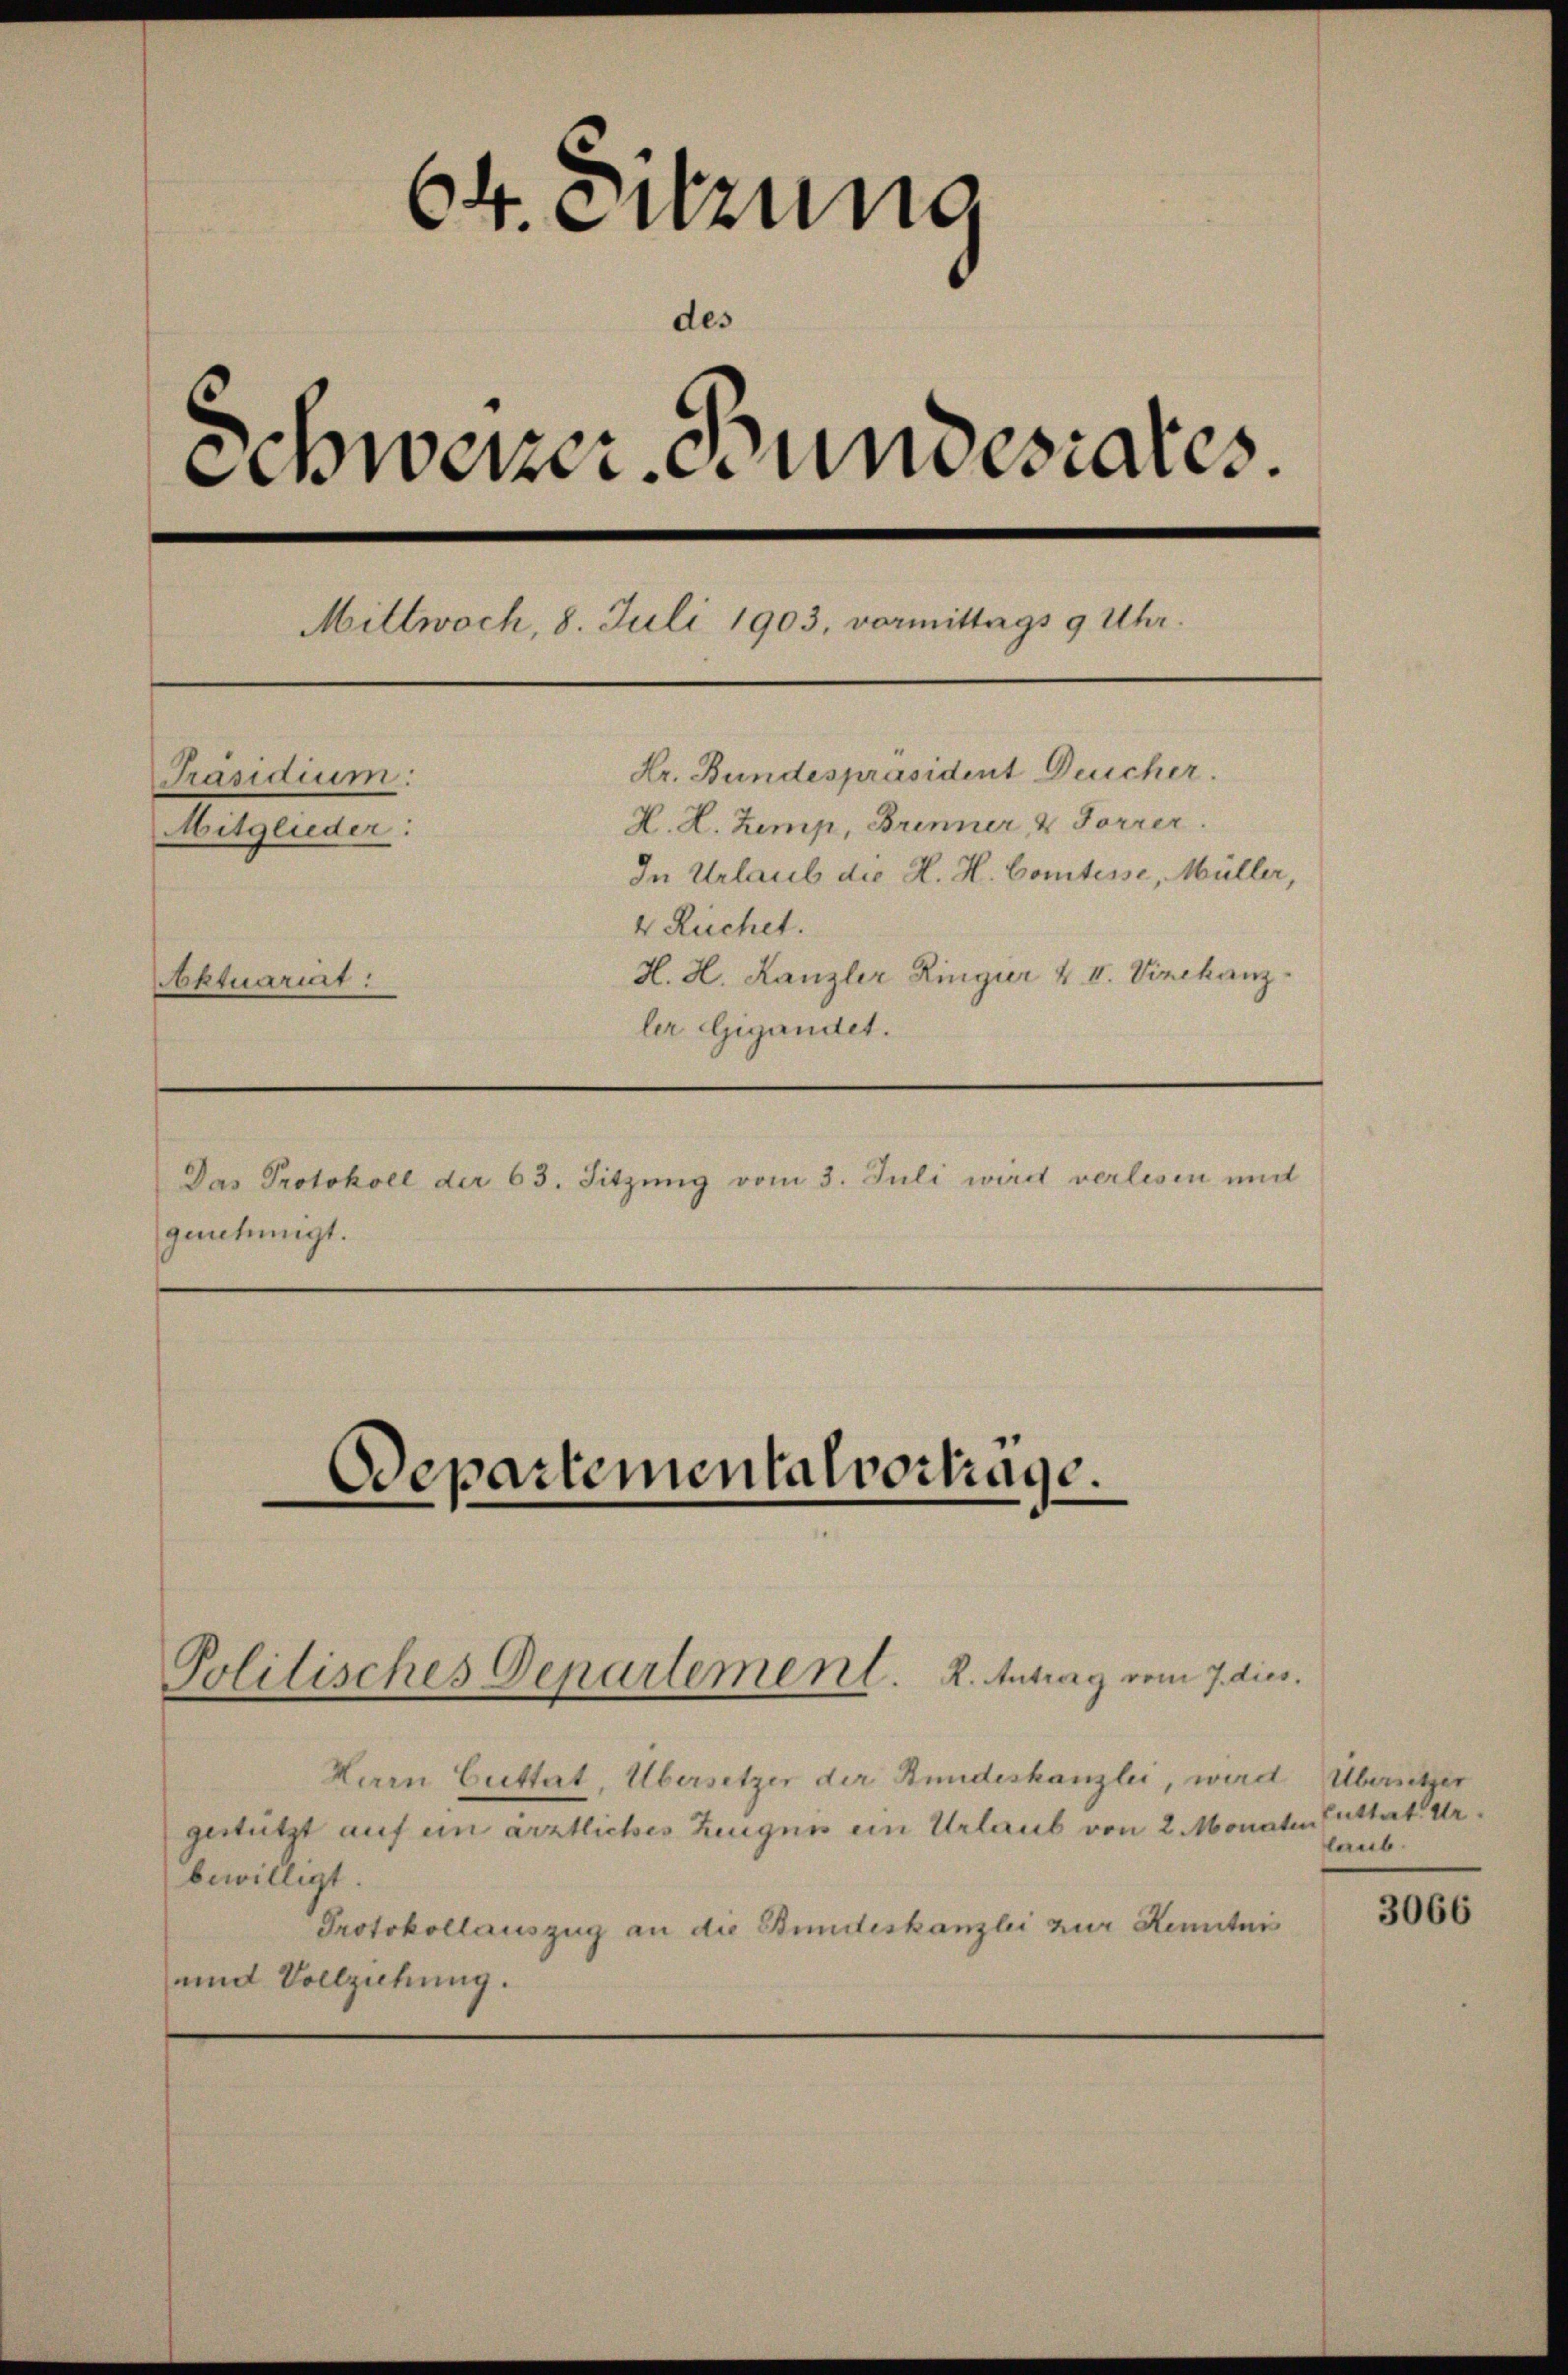
64. Sitzung
des
Schweizer Stundesrates.
Mittwoch, 8. Juli 1903, vormittags 9 Uhr.
Hr. Bundespräsident Deicher.
Präsidium:
H. H. Zemp, Brenner & Forrer.
Mitglieder:
In Urlaub die H. H. Comtesse, Müller,
4 Ruchet.
H. H. Kanzler Ringier & II. Vinchanz
ktuariat:
ler Gigandet.

Das Protokoll der 63. Sitzung vom 3. Juli wird verlesen und
genehmigt.

Departementalvortrage.

Politisches Departement. 2. Antrag vom 7. dies

Herrn Cuttat, Übersetzer der Stundeskanzlei, wird Übersetzer
gestützt auf ein ärztliches Zeugnis ein Urlaub von 2 Monaten Futtert Urbewilligt.
Protokollauszug an die Stundeskanzlei zur Kenntnis
und Vollziehung.

laub.

3066